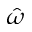
\hat { \omega }